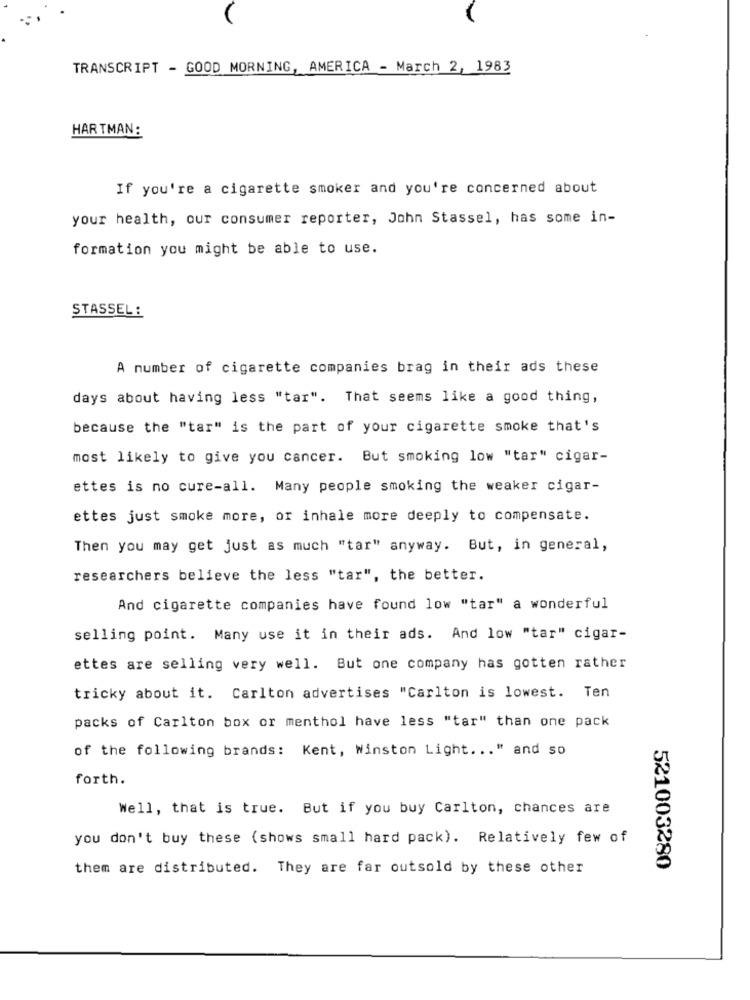
TRANSCRIPT - GOOD MORNING, AMERICA - March 2, 1983
HARTMAN:
If you're a cigarette smoker and you're concerned about
your health, our consumer reporter, John Stassel, has some in-
formation you might be able to use.
STASSEL:
A number of cigarette companies brag in their ads these
days about having less "tar". That seems like a good thing,
because the "tar" is the part of your cigarette smoke that's
most likely to give you cancer. But smoking low "tar" cigar-
ettes is no cure-all. Many people smoking the weaker cigar-
ettes just smoke more, or inhale more deeply to compensate.
Then you may get just as much "tar" anyway. But, in general,
researchers believe the less "tar", the better.
And cigarette companies have found low "tar" a wonderful
selling point. Many use it in their ads. And low "tar" cigar-
ettes are selling very well. But one company has gotten rather
tricky about it. Carlton advertises "Carlton is lowest. Ten
packs of Carlton box or menthol have less "tar" than one pack
of the following brands: Kent, Winston Light ... " and so
forth.
Well, that is true. But if you buy Carlton, chances are
you don't buy these (shows small hard pack). Relatively few of
them are distributed. They are far outsold by these other
521003280